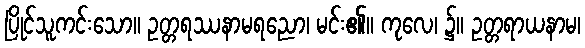
ပြိုင်သူကင်းသော။ ဥတ္တရဿနာမရညော၊ မင်း၏။ ကုလေ၊ ၌။ ဥတ္တရာယနာမ၊